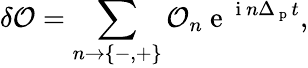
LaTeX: \delta\mathcal{O}=\sum_{n\rightarrow{\{ -,+\} }}\mathcal{O}_{n}\mathrm{~e~}^{\mathrm{~i~}n\Delta_{\mathrm{~p~}}t},